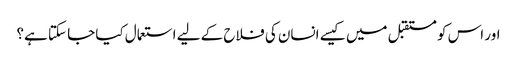
اور اس کو مستقبل میں کیسے انسان کی فلاح کے لیے استعمال کیا جا سکتا ہے؟